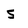
Character: S